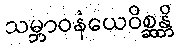
သမ္ဘာဝနံယေဝိစ္ဆန္တိ